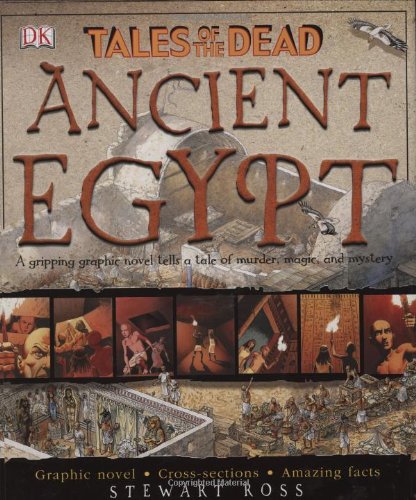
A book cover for Tales of the Dead: Ancient Egypt; Stewart Ross; Religion & Spirituality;